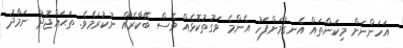
އަހަންނަށް މިކަންތައް އެނގުމަށްފަހު އެންމެ ވަގުތުކޮޅެއް ވެސް ބޭކާރެއް ނުކުރަމެވެ. ތަޙައްޖުދު ނަމާދު